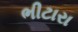
ભીટારા